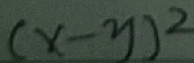
( x - y ) ^ { 2 }